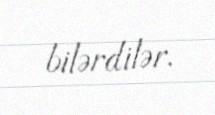
bilərdilər.